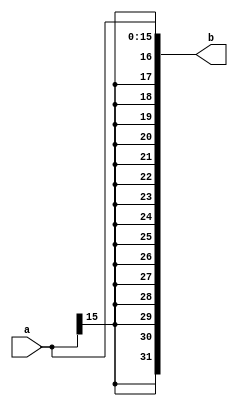
module signextender(a, b);

input [15:0]a;
output [31:0]b;

reg [31:0]bcp;

always@(a,b) begin
		bcp[15:0] = a;
		bcp[31:16] = {16{a[15]}};
end

assign b = bcp;

endmodule